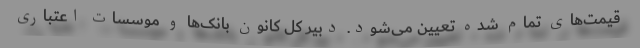
قیمت‌های تمام شده تعیین می‌شود. دبیر کل کانون بانک‌ها و موسسات اعتباری